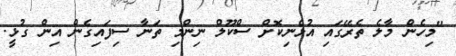
"މިހެން މާލެ ތެރޭގައި އުޅެނިކޮށް ސްކޫލް ނިންމި ތަނާ ސިފައިގެން އިން ގުޅީ.